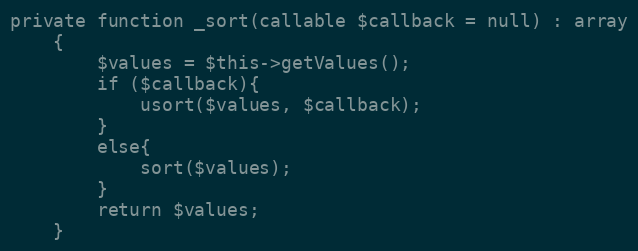
Language: PHP
private function _sort(callable $callback = null) : array
    {
        $values = $this->getValues();
        if ($callback){
            usort($values, $callback);
        }
        else{
            sort($values);
        }
        return $values;
    }